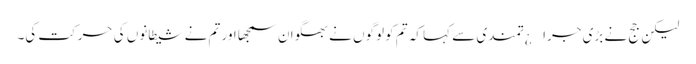
لیکن جج نے بڑی جرا¿تمندی سے کہا کہ تم کو لوگوں نے بھگوان سمجھا اور تم نے شیطانوں کی حرکت کی۔